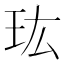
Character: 𤣾